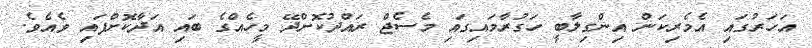
އަހަރުގައި އެމެރިކަން އިންގިލާބީ ހަގުރާމައިގައި މެސެޖް ރައްދުކޮށްދޭ މީހެއްގެ ބައި އަދާކޮށްފައި ވެއެވެ.